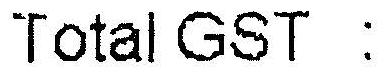
TOTAL GST :